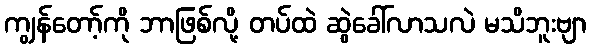
ကျွန်တော့်ကို ဘာဖြစ်လို့ တပ်ထဲ ဆွဲခေါ်လာသလဲ မသိဘူးဗျာ